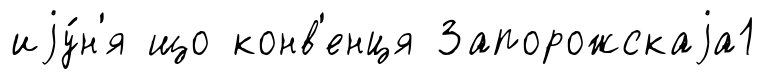
иjу́н'я що конв'енця Запорожскаjа1